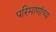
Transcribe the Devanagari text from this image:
परिमाणांच्या